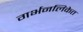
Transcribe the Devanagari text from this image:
गर्भनलिकेत